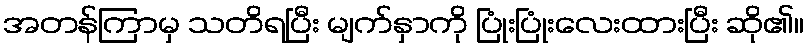
အတန်ကြာမှ သတိရပြီး မျက်နှာကို ပြုံးပြုံးလေးထားပြီး ဆို၏။